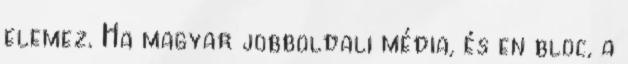
elemez. Ha magyar jobboldali média, és en bloc, a